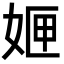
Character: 𭑻